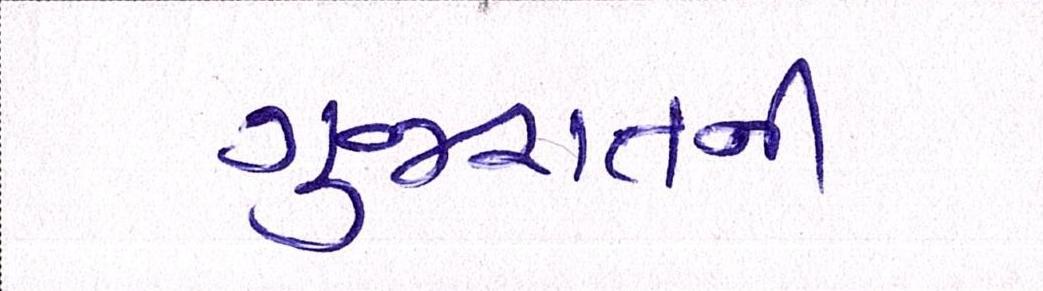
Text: ગુજરાતની